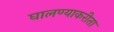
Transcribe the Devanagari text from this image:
घालण्याकरीता